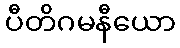
ပီတိဂမနီယော